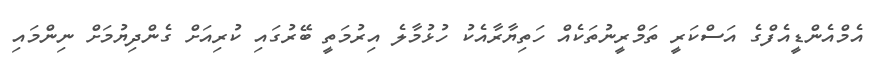
އެމްއެންޑީއެފްގެ އަސްކަރީ ތަމްރީނުތަކެއް ހަތިޔާރާއެކު ހުޅުމާލެ އިރުމަތީ ބޭރުގައި ކުރިއަށް ގެންދިޔުމަށް ނިންމައި